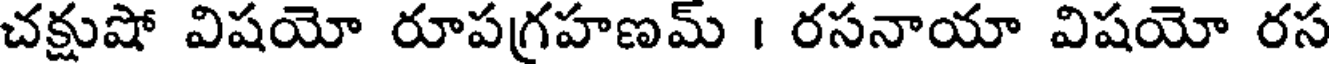
చక్షుషో విషయో రూపగ్రహణమ్ । రసనాయా విషయో రస